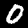
Digit: 0